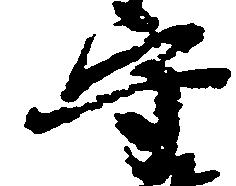
守